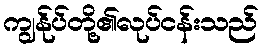
ကျွန်ုပ်တို့၏လုပ်ငန်းသည်